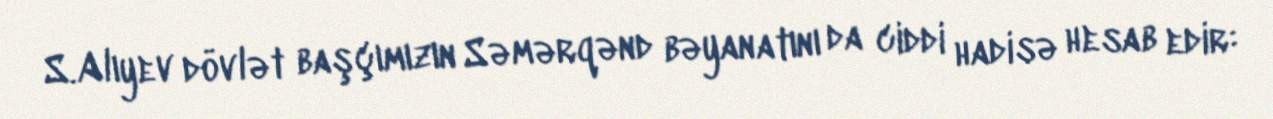
S.Alıyev dövlət başçımızın Səmərqənd bəyanatını da ciddi hadisə hesab edir: